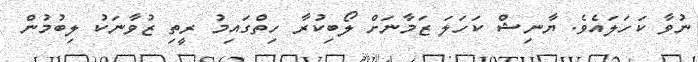
ނުވާ ކަހަލައެވެ. ޔާނިޝް ކަހަލަ ޒަމާނަށް ލޯބިކުރާ ހިތްގައިމު ރީތި ޒުވާނަކު ލިބުމުން